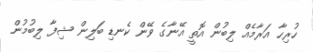
ހުރިހާ އަރާމެއް ލިބުން އޮތީ އޭނާގެ ވޭން ކެނޑި ބަލިން ޝިފާ ލިބުމުން